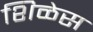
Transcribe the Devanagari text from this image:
शिळेस